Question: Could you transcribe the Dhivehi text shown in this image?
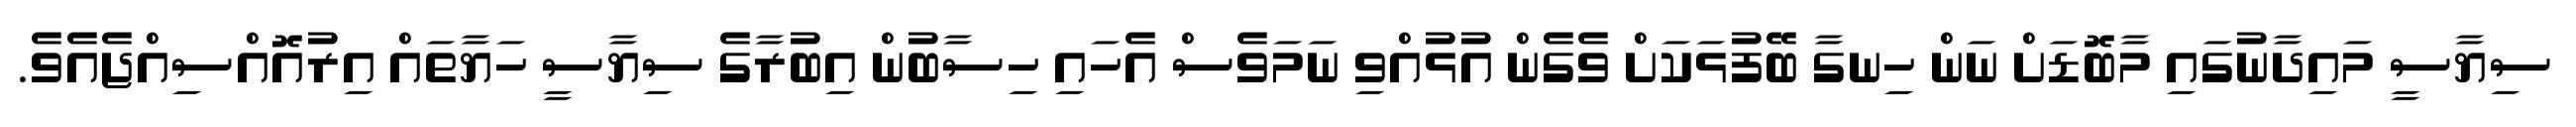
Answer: ސިޔާސީ މައިދާނުގައި މާބޮޑަށް ނަން ހިނގާ ބޭފުޅަކަށް ވެގެން އުޅުއްވި ނަމަވެސް އެހައި ހިސާބުން އިބުރާގެ ސިޔާސީ ހަޔާތައް އިރުއޮއްސިއްޖެއެވެ.